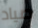
صياد